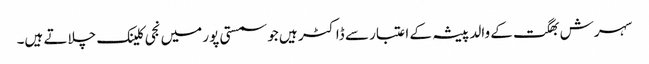
سہرش بھگت کے والد پیشہ کے اعتبار سے ڈاکٹر ہیں جو سمستی پور میں نجی کلینک چلاتے ہیں۔